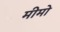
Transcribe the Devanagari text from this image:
मीमो